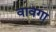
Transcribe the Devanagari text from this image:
वावगा